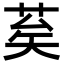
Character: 𦮸